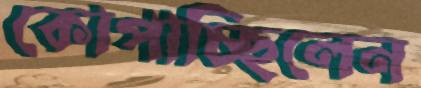
কোপাচ্ছিলেন